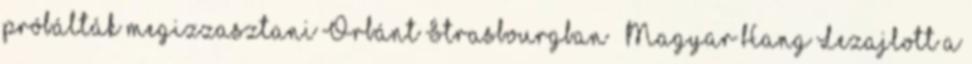
próbálták megizzasztani Orbánt Strasbourgban – Magyar Hang Lezajlott a